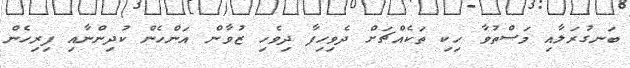
ބަނގުރަލާއި މަސްތުވާ ހިކި ތަކެއްޗަށް ދެވިހިފާ ދިވެހި ޒުވާން އަންހެން ކުދިންނާއި ފިރިހެން